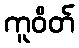
ကူဝိတ်